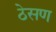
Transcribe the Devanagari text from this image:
ठेसण